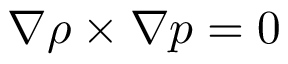
{ \boldsymbol { \nabla } } \rho \times { \boldsymbol { \nabla } } p = 0